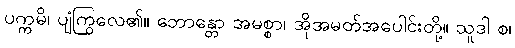
ပက္ကမိ၊ ပျံကြွလေ၏။ ဘောန္တော အမစ္စာ၊ အိုအမတ်အပေါင်းတို့။ သူဒါ စ၊